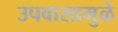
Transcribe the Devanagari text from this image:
उपवासामुळे